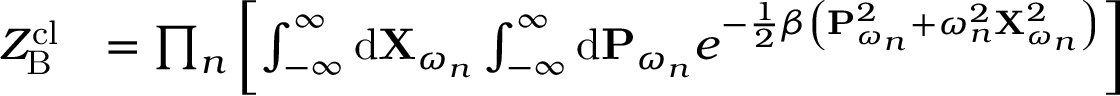
\begin{array} { r l } { Z _ { \mathrm { B } } ^ { \mathrm { c l } } } & { = \prod _ { n } \left[ \int _ { - \infty } ^ { \infty } \mathrm { d } \mathbf { X } _ { \omega _ { n } } \int _ { - \infty } ^ { \infty } \mathrm { d } \mathbf { P } _ { \omega _ { n } } e ^ { - \frac { 1 } { 2 } \beta \left( \mathbf { P } _ { \omega _ { n } } ^ { 2 } + \omega _ { n } ^ { 2 } \mathbf { X } _ { \omega _ { n } } ^ { 2 } \right) } \right] } \end{array}